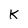
Character: K